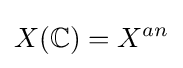
X(\mathbb {C} )=X^{an}